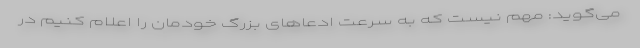
می‌گوید: مهم نیست که به سرعت ادعاهای بزرگ خودمان را اعلام کنیم در